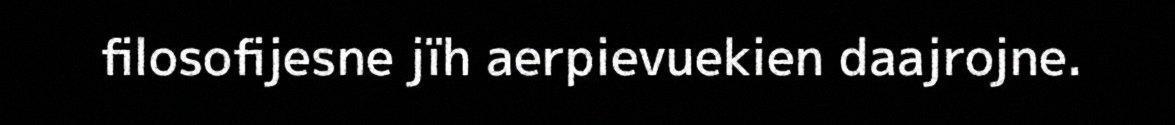
filosofijesne jïh aerpievuekien daajrojne.